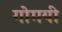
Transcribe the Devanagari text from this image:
गोमयी